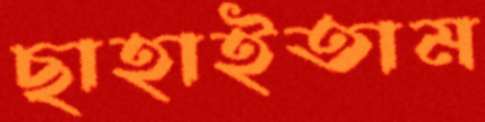
ছাহাইতাম